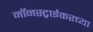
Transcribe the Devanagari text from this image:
नॉनस्ट्राईकरच्या